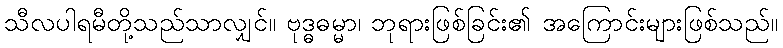
သီလပါရမီတို့သည်သာလျှင်။ ဗုဒ္ဓဓမ္မာ၊ ဘုရားဖြစ်ခြင်း၏ အကြောင်းများဖြစ်သည်။